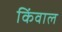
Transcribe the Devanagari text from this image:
किंवाल